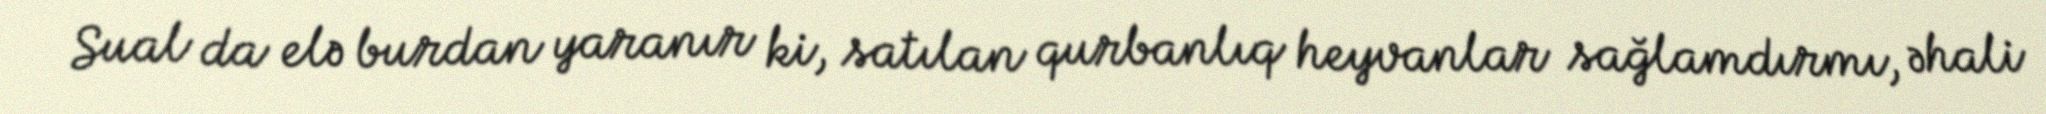
Sual da elə burdan yaranır ki, satılan qurbanlıq heyvanlar sağlamdırmı, əhali